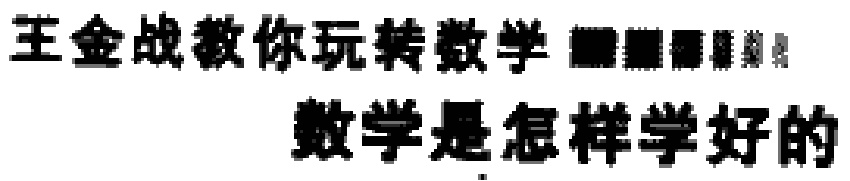
王金战教你玩转数学 数学是怎样学好的